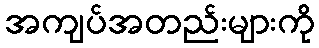
အကျပ်အတည်းများကို